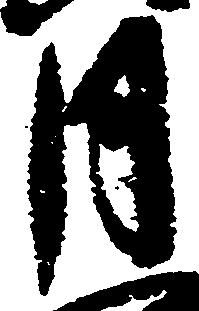
月